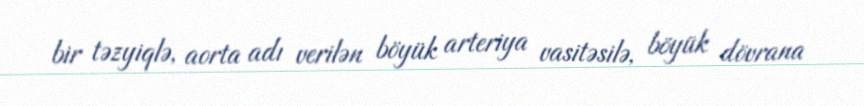
bir təzyiqlə, aorta adı verilən böyük arteriya vasitəsilə, böyük dövrana